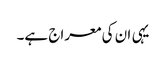
یہی ان کی معراج ہے۔